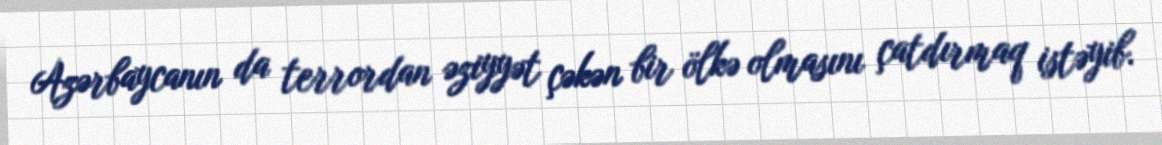
Azərbaycanın da terrordan əziyyət çəkən bir ölkə olmasını çatdırmaq istəyib.